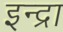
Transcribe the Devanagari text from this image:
इन्द्रा